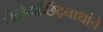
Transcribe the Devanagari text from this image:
होतोमच्छिंद्रनाथांचे